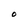
Character: O